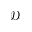
\mathcal { D }